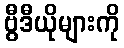
ဗွီဒီယိုများကို